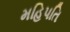
મહિપતિ